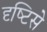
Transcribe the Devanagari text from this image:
दृष्‍टिसे